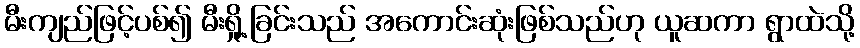
မီးကျည်ဖြင့်ပစ်၍ မီးရှို့ခြင်းသည် အကောင်းဆုံးဖြစ်သည်ဟု ယူဆကာ ရွာထဲသို့